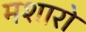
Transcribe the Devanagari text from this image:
मशारो